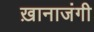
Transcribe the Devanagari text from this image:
ख़ानाजंगी